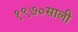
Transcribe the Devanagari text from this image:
१९७०साली